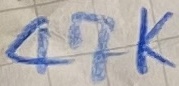
Text: 47K